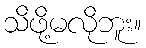
သိဖို့မလိုဘူး။